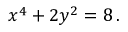
x ^ { 4 } + 2 y ^ { 2 } = 8 \, .